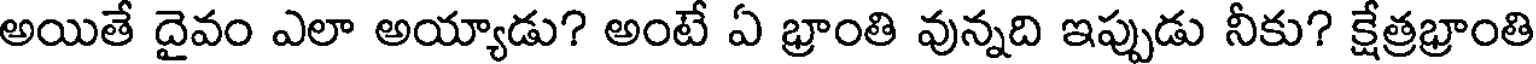
అయితే దైవం ఎలా అయ్యాడు? అంటే ఏ భ్రాంతి వున్నది ఇప్పుడు నీకు? క్షేత్రభ్రాంతి